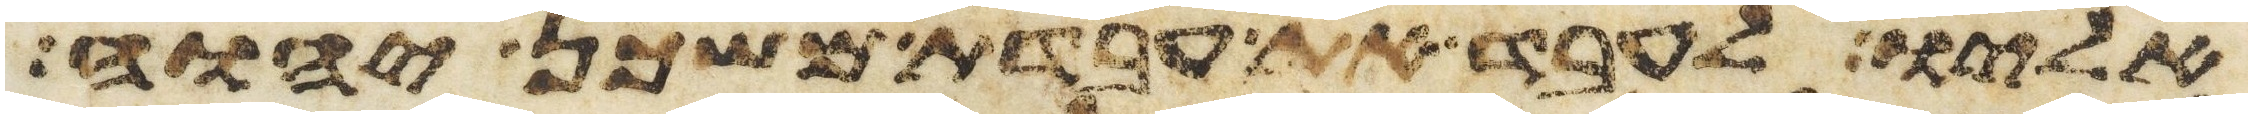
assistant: אליו לעבד את עבדת משכן יהוה